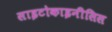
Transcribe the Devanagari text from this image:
साइटोकाइनीसिस